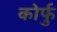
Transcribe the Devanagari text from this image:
कोर्फु